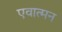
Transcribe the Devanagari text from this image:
एवात्मन